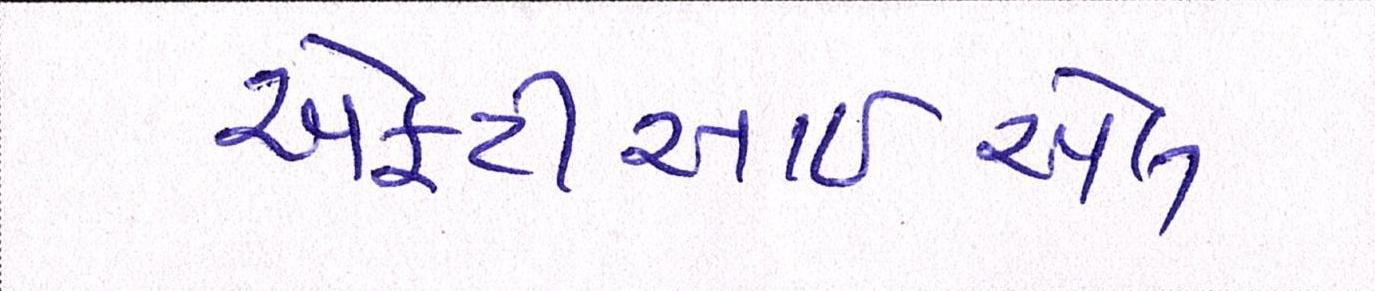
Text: એફટીઆઈએલ